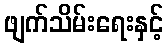
ဖျက်သိမ်းရေးနှင့်